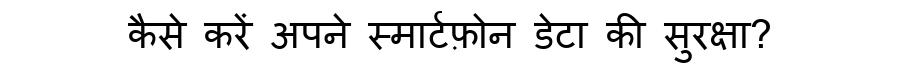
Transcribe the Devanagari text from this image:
कैसे करें अपने स्मार्टफ़ोन डेटा की सुरक्षा?